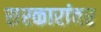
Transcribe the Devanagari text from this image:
सरकारांवर